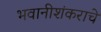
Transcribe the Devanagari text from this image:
भवानीशंकराचे